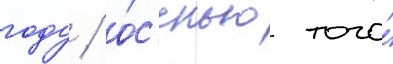
году / о́с'енью того́